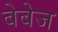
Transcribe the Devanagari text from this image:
बेबेज